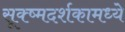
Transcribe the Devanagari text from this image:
सूक्ष्मदर्शकामध्ये